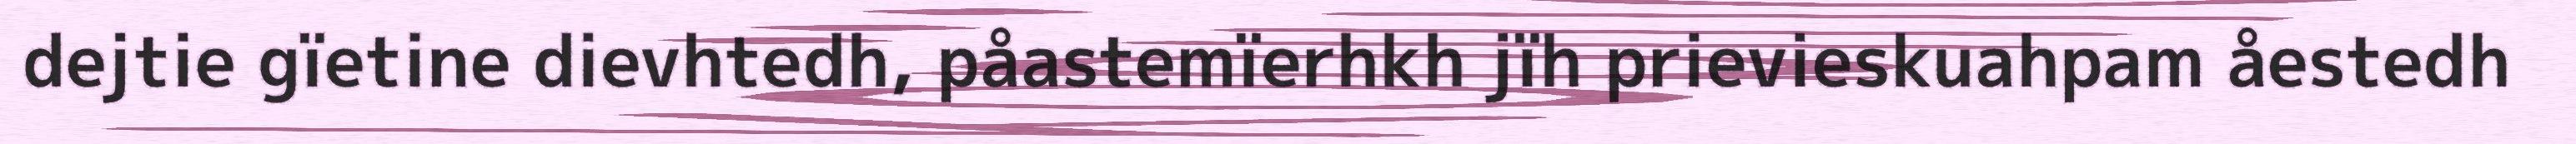
dejtie gïetine dievhtedh, påastemïerhkh jïh prievieskuahpam åestedh